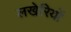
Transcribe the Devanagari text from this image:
लखेरियों